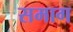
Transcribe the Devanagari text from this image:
समाग